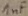
Text: 1nF